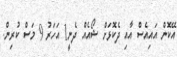
އޭކޮން އައިއެސް އާއި ދެކޮޅަށް ޝޯއެއް ދެނީ1 އަހަރު 9 މަސް ކުރިން.